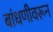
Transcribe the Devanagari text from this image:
बांधणीवरून